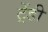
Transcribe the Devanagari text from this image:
ट्रेंडी